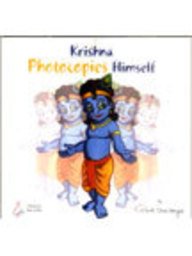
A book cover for Krishna Photocopies Himself; Nishita Chaitanya; Children's Books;